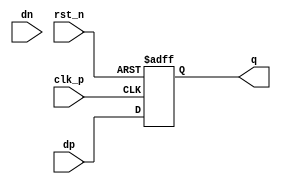
// This program was cloned from: https://github.com/chipsalliance/aib-phy-hardware
// License: Apache License 2.0

// SPDX-License-Identifier: Apache-2.0
// Copyright (C) 2019 Intel Corporation. 
module io_phdet_ff_ln (dp, dn, clk_p, rst_n, q);
input  dp, dn, clk_p, rst_n;
output q;
reg    q;

always @(posedge clk_p or negedge rst_n)
  if (~rst_n)           q <= 1'b0;
  else                  q <= dp;

endmodule // io_phdet_ff_ln